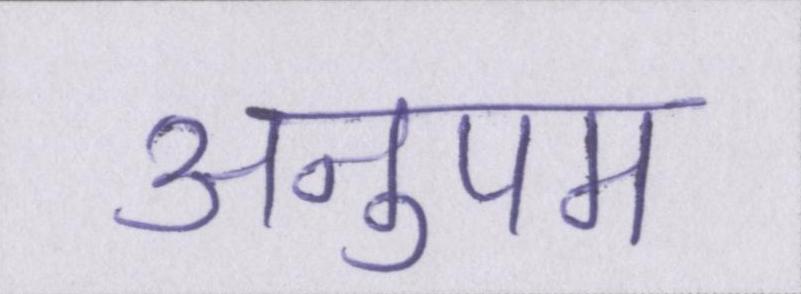
अनुपम